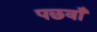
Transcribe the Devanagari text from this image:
पछवाँ